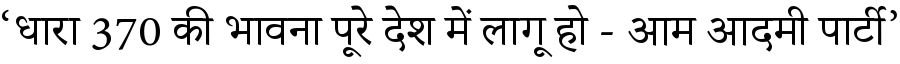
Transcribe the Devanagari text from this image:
‘धारा 370 की भावना पूरे देश में लागू हो - आम आदमी पार्टी’